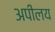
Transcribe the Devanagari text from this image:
अपीलय